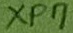
Text: XP7